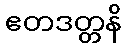
ဧတဒတ္တနိ